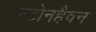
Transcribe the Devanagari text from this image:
स्टोनहैवन